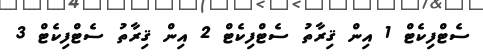
ސެޓްފިކެޓް 1 އިން ޤިރާތު ސެޓްފިކެޓް 2 އިން ޤިރާތު ސެޓްފިކެޓް 3